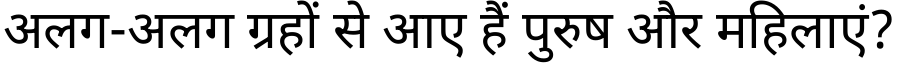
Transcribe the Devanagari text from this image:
अलग-अलग ग्रहों से आए हैं पुरुष और महिलाएं?